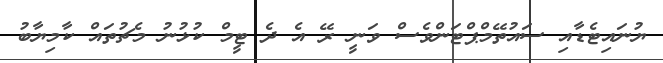
ޔުނައިޓެޑާއި ސައުތޭމްޕްޓަންވެސް ވަނީ ރޭ އެ ދެ ޓީމް ކުޅުނު މެޗުތައް ކާމިޔާބު